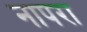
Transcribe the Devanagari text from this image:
नापरा